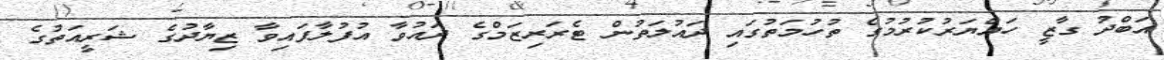
އަބްދު ގާޒީ ހައްޔަރުކުރުމުގެ ތުހުމަތުގައި ދައުލަތުން ޓެރަރިޒަމްގެ ދައުވާ އުފުލާފައިވާ ޒިޔާދުގެ ޝަރީއަތުގެ